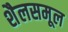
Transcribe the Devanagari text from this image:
शैलसमूल